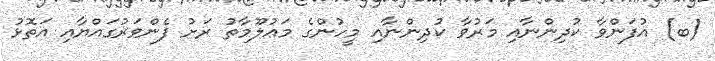
(ބ) އުފަންވާ ކުދިންނާއި މަރުވާ ކުދިންނާއި މީހުންގެ މަޢުލޫމާތު ރަށު ފެންވަރުގައްޔާއި އަތޮޅު